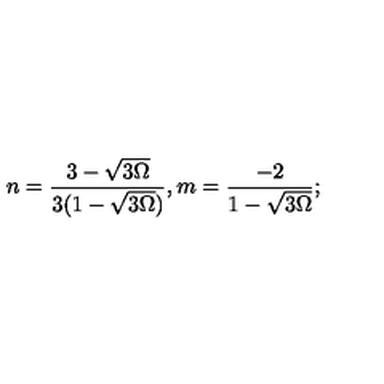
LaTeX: n = \frac { 3 - \sqrt { 3 \Omega } } { 3 ( 1 - \sqrt { 3 \Omega } ) } , m = \frac { - 2 } { 1 - \sqrt { 3 \Omega } } ;